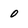
Character: 0